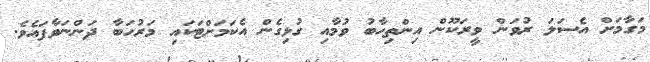
މަގާމަށް އެސަލަ ރުވަން ވީރަކޫން އިންތިހާބު ވުމާއި ގުޅިގެން އެކަމަށްޓަކައި މަރުހަބާ ދަންނަވާފައެވެ.